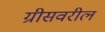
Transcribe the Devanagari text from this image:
ग्रीसवरील